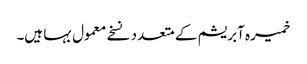
خمیرہ آبریشم کے متعدد نسخے معمول بہا ہیں۔